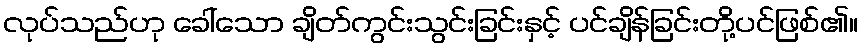
လုပ်သည်ဟု ခေါ်သော ချိတ်ကွင်းသွင်းခြင်းနှင့် ပင်ချိန်ခြင်းတို့ပင်ဖြစ်၏။